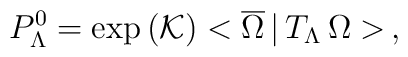
P^0_\Lambda= \exp \left( \mathcal{K}\right)  < \overline{\Omega} \,|\,  T_\Lambda \, \Omega >   \,,